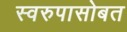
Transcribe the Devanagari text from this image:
स्वरुपासोबत